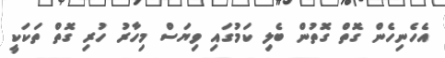
އެހެނިހެން ގޮތް ގޮތުން ބެލި ކަމުގައި ވިޔަސް މިހާރު ހުރި ގޮތް ތަކަކީ